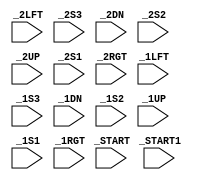
`timescale 1ns / 1ps
//////////////////////////////////////////////////////////////////////////////////
// 
// Module Name: arcade_wrapper
// Target Devices: Nexys3
// Description: Top-level JAMMA interface for EC551 arcade projects
// 
// Revision:
// Revision 0.01 - File Created
//////////////////////////////////////////////////////////////////////////////////


module arcade_wrapper(
    input _2LFT, 
    input _2S3,
    input _2DN,
    input _2S2,
    input _2UP,
    input _2S1,
    input _START,
    input _2RGT,
    input _1LFT,
    input _1S3,
    input _1DN,
    input _1S2,
    input _1UP,
    input _1S1,
    input _START1,
    input _1RGT
    //input sw[7:0], 	//select switch for board-level debugging 
    //output [7:0] Led
    );

    // Uncomment the line below to debug the JAMMA interface at the board
    // level. You should see the 8 LEDs on the Nexys3 board light up and turn
    // off upon activating a switch
    //assign Led = sw[0] ? {_2LFT, _2S3, _2DN, _2S2, _2UP, _2S1, _START, _2RGT} : {_1LFT, _1S3, _1DN, _1S2, _1UP, _1S1, _START1, _1RGT};

endmodule